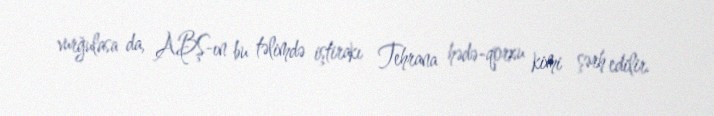
vurğulasa da, ABŞ-ın bu təlimdə iştirakı Tehrana hədə-qorxu kimi şərh edilir.